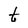
Character: t